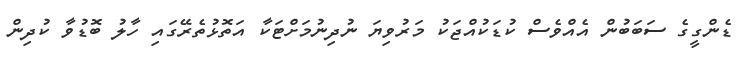
ޑެންގީގެ ސަބަބުން އެއްވެސް ކުޑަކުއްޖަކު މަރުވިޔަ ނުދިނުމަށްޓަކާ އަތޮޅުތެރޭގައި ހާލު ބޮޑުވާ ކުދިން